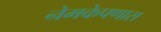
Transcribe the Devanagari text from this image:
नेमकेपणास